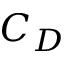
C _ { D }